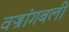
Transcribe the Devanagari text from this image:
वज्रांगबली